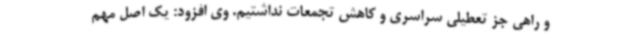
و راهی جز تعطیلی سراسری و کاهش تجمعات نداشتیم. وی افزود: یک اصل مهم